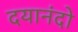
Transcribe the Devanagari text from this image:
दयानंदो